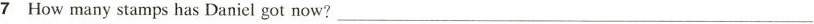
7 How many stamps has Daniel got now?___